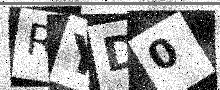
Text: RYD0